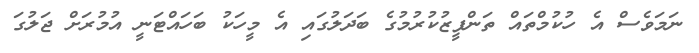
ނަމަވެސް އެ ހުކުމްތައް ތަންފީޒުކުރުމުގެ ބަދަލުގައި އެ މީހަކު ބަހައްޓަނީ އުމުރަށް ޖަލުގަ